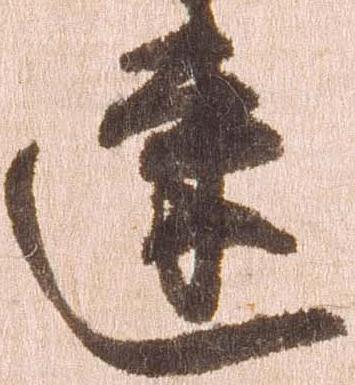
速